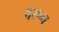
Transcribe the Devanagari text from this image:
दरून